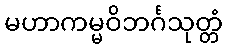
မဟာကမ္မဝိဘင်္ဂသုတ္တံ